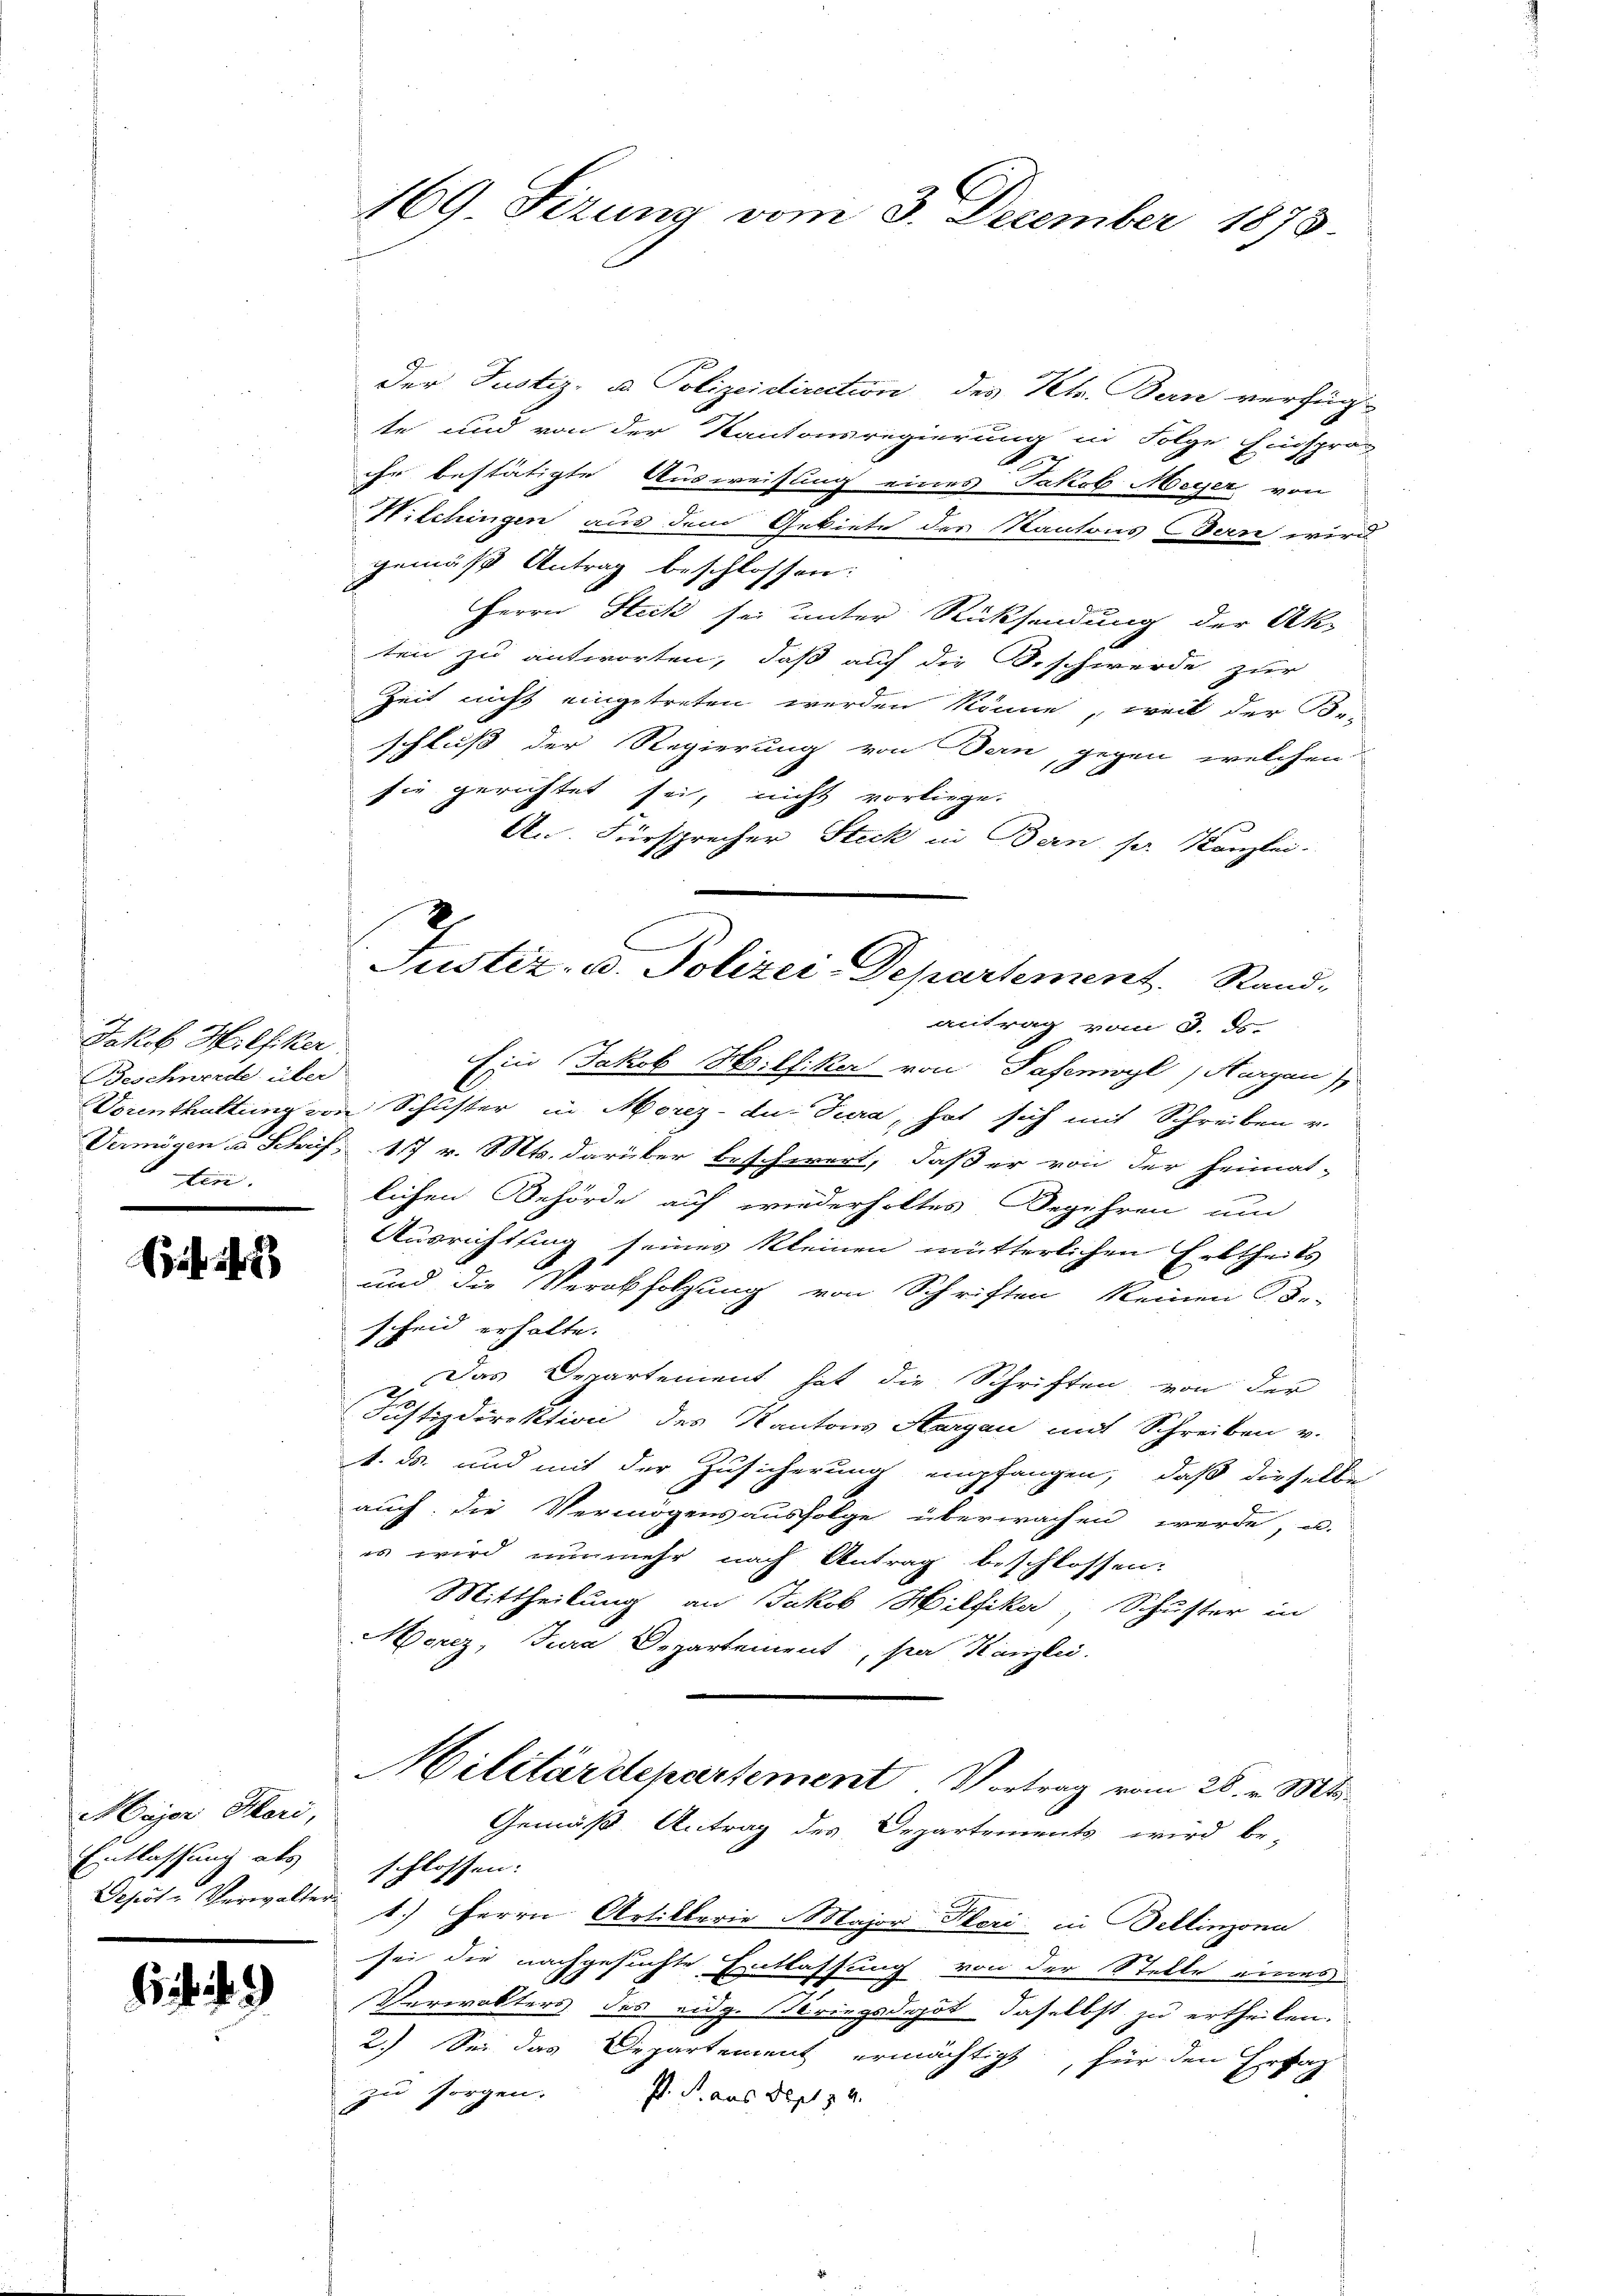
Jakob Hilfiker
Beschwerde über
ten.

Ca 1

Major Heri,
Entlassung als

169. Sizung vom 3. December 1873.

Der Justiz- u. Polizeidirection des Kt. Bern verfüg
te und von der Kantonsregierung in Folge Einspro-
ihr bestätigte Ausweisung eines Jakob Meyer von
Wilchingen aus dem Gebiete des Kantons Bern wird
gemäß Antrag beschlossen:
Herrn Steck sei unter Rücksendung der Ak-
ten zu antworten, daß auf die Beschwerde zur
Zeit nicht eingetreten werden könne, weil der Be
schluß der Regierung von Bern, gegen welchen
sie gerichtet sei, nicht vorliege.
An. Fürsprecher Steck in Bern ser Kanzlei-
antrag vom 3. ds.
Ein Jakob Hoilfiker von Taferwyl, Harzen
Vorenthaltung von Schuster in Morez- du Tiera, hat sich mit Schreiben v.
Vermögen u. Schrif 17 v. Mts. darüber beschwert, daß er von der Heimat-
lichen Behörde auf wiederholtes Begehren um
Ausrichtung seines kleinen mütterlichen Erbtheils
und die Verabfolgung von Schriften keinen Be-
scheid erhalte.
Das Departement hat die Schriften von der
Justizdirektion des Kantons Aargau mit Schreiben v.
1. ds. und mit der Zusicherung empfangen, daß dieselbe
auch die Vermögensausfolge überwachen werde, u.
es wird nunmehr nach Antrag beschlossen.
Mittheilung an Jakob Hilfika, Schuster in
Merez, Jura Departement, par Kanzlei.
Militärdepartement Vortrag vom 28. v. Mts.
Gemäß Antrag des Departements wird be-
schlossen: |
Depot Verwalter 1.) Herrn Artillerie Major Flori in Bellinzona
sei die nachgesuchte Entlassung von der Stelle eines
Verwalters des eidg. Kriegsdgot daselbst zu ertheilen.
2.) Sei das Departement ermächtigt, für den Erfah
zu sorgen. P. J. aus Sept. 84.

Justiz- u. Polizei-Departement.   Rand-